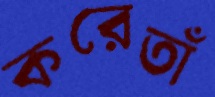
করেতাঁ